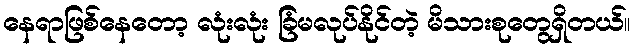
နေရာဖြစ်နေတော့ လုံးလုံး ခြံမလုပ်နိုင်တဲ့ မိသားစုတွေရှိတယ်။